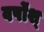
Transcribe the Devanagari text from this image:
वर्षोंश्